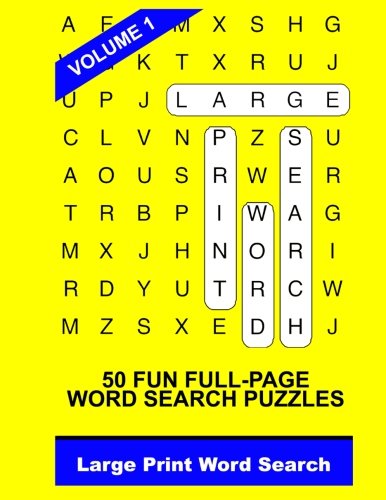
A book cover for Large Print Word Search Vol. 1; Large Print Word Search; Humor & Entertainment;